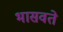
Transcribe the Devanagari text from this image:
भासवते